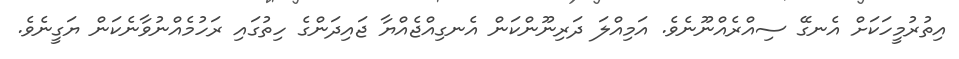
އިތުރުމީހަކަށް އެނގޭ ސިއްރެއްނޫނެވެ. އަމިއްލަ ދަރިނޫންކަން އެނގިއްޖެއްޔާ ޖައިދަންގެ ހިތުގައި ރަހުމެއްނުވާނެކަން ޔަގީނެވެ.